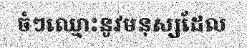
ចំៗឈ្មោះនូវមនុស្សដែល